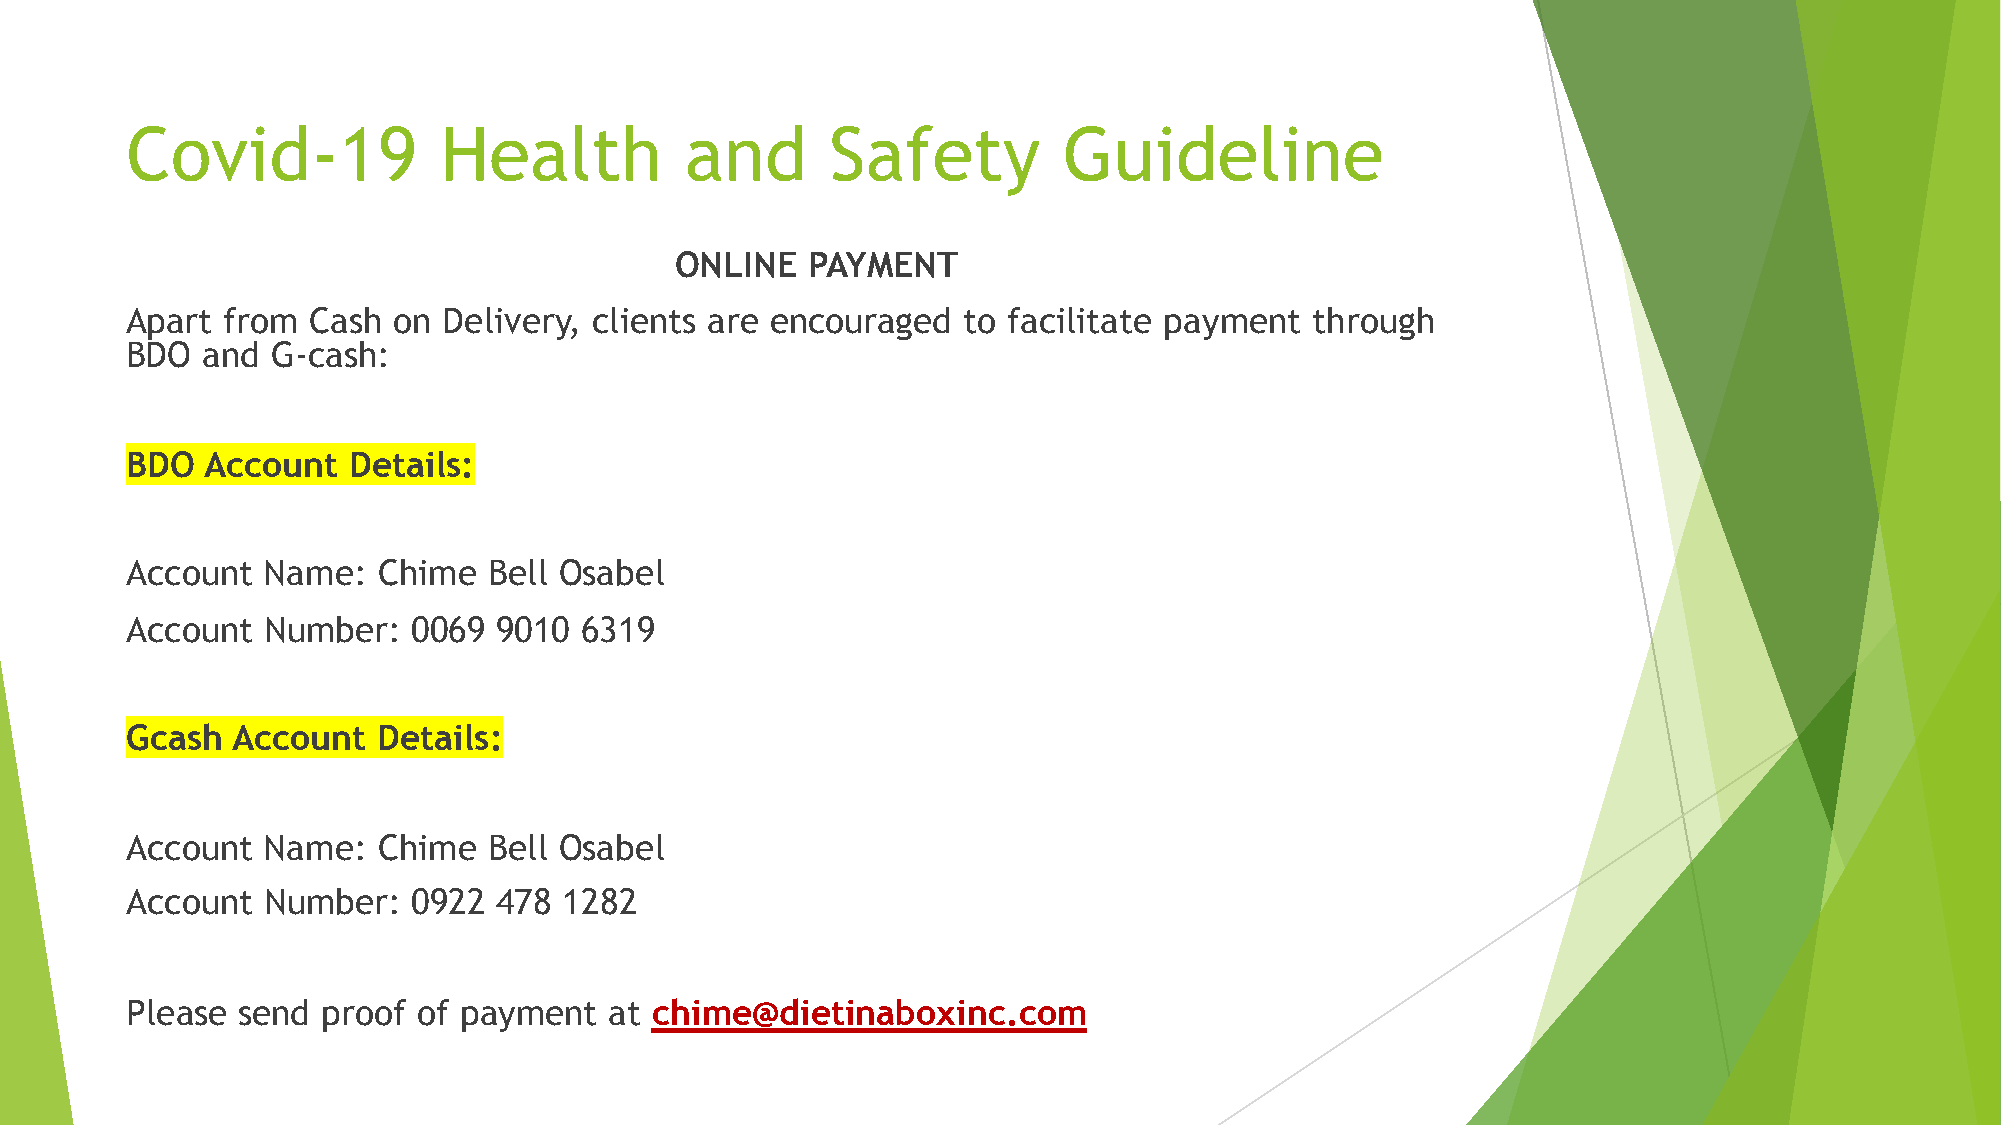
Covid-19             Health          and       Safety         Guideline
 ONLINE  PAYMENT
 Apart  from  Cash on Delivery, clients are encouraged   to facilitate payment  through
 BDO  and  G-cash:
 BDO  Account   Details:
 Account  Name:   Chime  Bell Osabel
 Account  Number:   0069  9010 6319
 Gcash  Account   Details:
 Account  Name:   Chime  Bell Osabel
 Account  Number:   0922  478 1282
 Please  send proof  of payment  at chime@dietinaboxinc.com